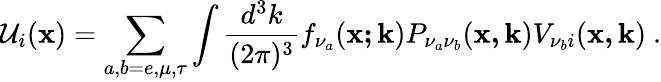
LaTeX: {\mathcal{U}}_{i}({\mathbf{x}})=\sum_{a,b=e,\mu,\tau}\int\frac{d^{3}k}{(2\pi)^{3}}f_{\nu_{a}}({\mathbf{x;k}})P_{\nu_{a}\nu_{b}}({\mathbf{x,k}})V_{\nu_{b}i}(\mathbf{x,k})~.